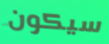
سيكون